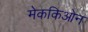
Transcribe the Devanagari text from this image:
मेककिओन